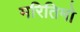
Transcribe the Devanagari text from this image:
मरितिमो